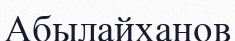
Абылайханов